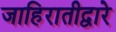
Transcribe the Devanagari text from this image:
जाहिरातीद्वारे